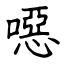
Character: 噁